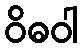
ဝိဓဝါ